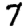
Digit: 7